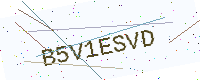
Text: B5V1ESVD